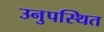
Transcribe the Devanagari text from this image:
उनुपस्थित